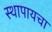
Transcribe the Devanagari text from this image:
स्थापायचा